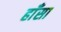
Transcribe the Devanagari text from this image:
हाँसा